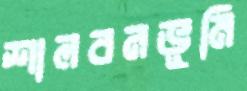
শালবনভূমি